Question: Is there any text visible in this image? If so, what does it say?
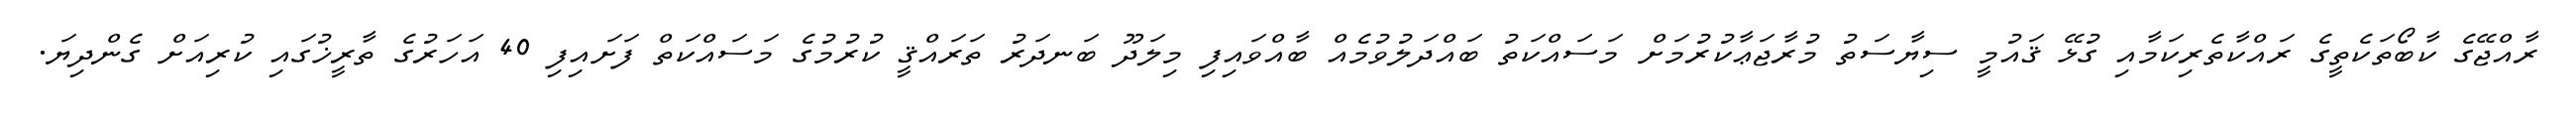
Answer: ރާއްޖޭގެ ކާބޯތަކެތީގެ ރައްކާތެރިކަމާއި ގުޅޭ ޤައުމީ ސިޔާސަތު މުރާޖަޢާކުރުމަށް މަސައްކަތު ބައްދަލުވުމެއް ބާއްވައިފި މިލަދޫ ބަނދަރު ތަރައްޤީ ކުރުމުގެ މަސައްކަތް ފަށައިފި 40 އަހަރުގެ ތާރީޚުގައި ކުރިއަށް ގެންދިޔަ.